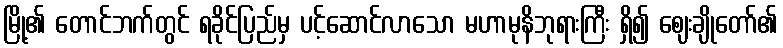
မြို့၏ တောင်ဘက်တွင် ရခိုင်ပြည်မှ ပင့်ဆောင်လာသော မဟာမုနိဘုရားကြီး ရှိ၍ ဈေးချိုတော်၏